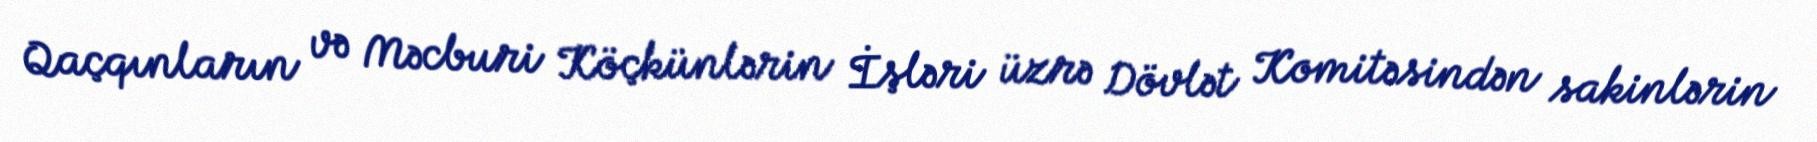
Qaçqınların və Məcburi Köçkünlərin İşləri üzrə Dövlət Komitəsindən sakinlərin